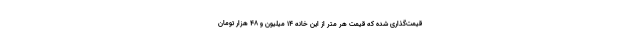
قیمت‌گذاری شده که قیمت هر متر از این خانه ۱۴ میلیون و ۴۸ هزار تومان